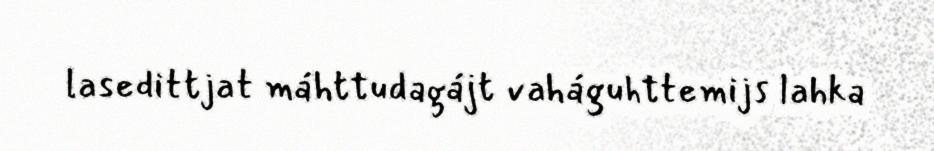
lasedittjat máhttudagájt vaháguhttemijs lahka